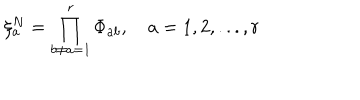
\xi _ { a } ^ { N } = \prod _ { b \neq a = 1 } ^ { r } \Phi _ { a b } , \quad a = 1 , 2 , . . . , r